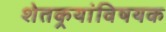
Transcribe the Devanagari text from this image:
शेतकर्‍यांविषयक